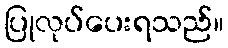
ပြုလုပ်ပေးရသည်။